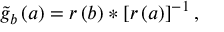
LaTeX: \tilde { g } _ { b } \left( a \right) = r \left( b \right) * \left[ r \left( a \right) \right] ^ { - 1 } ,